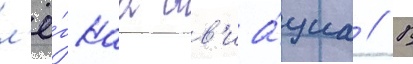
л'ё́гкаа ав'иа́циа // В